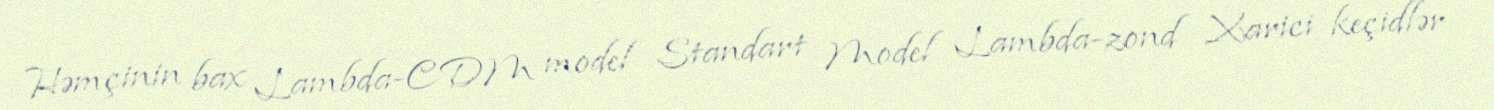
Həmçinin bax Lambda-CDM model Standart Model Lambda-zond Xarici keçidlər